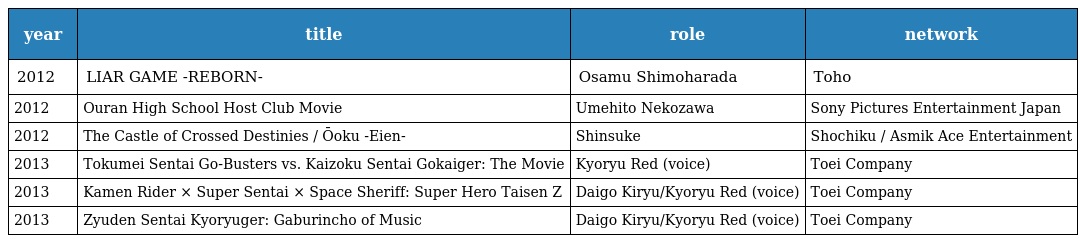
| year | title | role | network |
 | --- | --- | --- | --- |
 | 2012 | LIAR GAME -REBORN- | Osamu Shimoharada | Toho |
 | 2012 | Ouran High School Host Club Movie | Umehito Nekozawa | Sony Pictures Entertainment Japan |
 | 2012 | The Castle of Crossed Destinies / Ōoku -Eien- | Shinsuke | Shochiku / Asmik Ace Entertainment |
 | 2013 | Tokumei Sentai Go-Busters vs. Kaizoku Sentai Gokaiger: The Movie | Kyoryu Red (voice) | Toei Company |
 | 2013 | Kamen Rider × Super Sentai × Space Sheriff: Super Hero Taisen Z | Daigo Kiryu/Kyoryu Red (voice) | Toei Company |
 | 2013 | Zyuden Sentai Kyoryuger: Gaburincho of Music | Daigo Kiryu/Kyoryu Red (voice) | Toei Company |